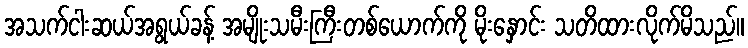
အသက်ငါးဆယ်အရွယ်ခန့် အမျိုးသမီးကြီးတစ်ယောက်ကို မိုးနှောင်း သတိထားလိုက်မိသည်။